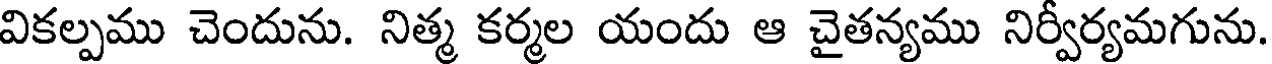
వికల్పము చెందును. నిత్మ కర్మల యందు ఆ చైతన్యము నిర్వర్యమగును.